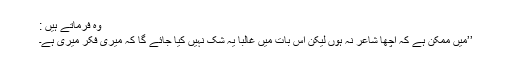
وہ فرماتے ہیں :
’’میں ممکن ہے کہ اچھا شاعر نہ ہوں لیکن اس بات میں غالباً یہ شک نہیں کیا جائے گا کہ میری فکر میری ہے۔